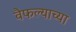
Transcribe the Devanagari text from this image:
वैफल्याच्या